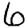
Digit: 6